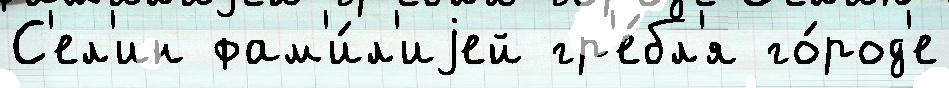
С'ел'ин фам'и́л'иjей гр'е́бл'я го́род'е